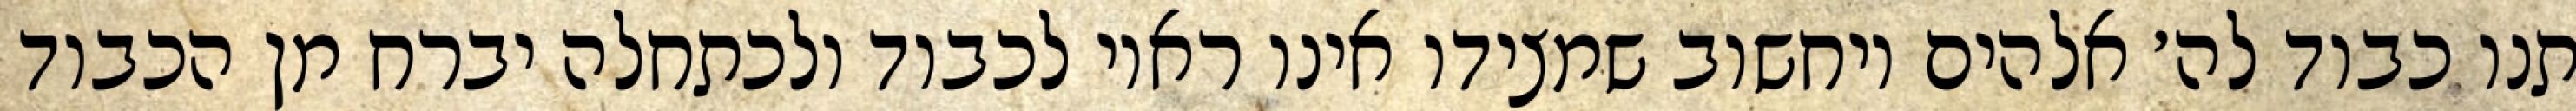
תנו כבוד לה׳ אלהים ויחשוב שמצידו אינו ראוי לכבוד ולכתחלה יברח מן הכבוד